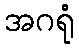
အဂရုံ